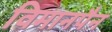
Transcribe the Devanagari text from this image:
विमानपैन